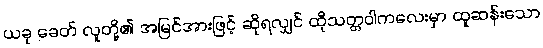
ယခု ခေတ် လူတို့၏ အမြင်အားဖြင့် ဆိုရလျှင် ထိုသတ္တဝါကလေးမှာ ထူဆန်းသော